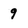
Character: 9